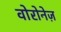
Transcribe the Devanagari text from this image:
वोरोनेज़